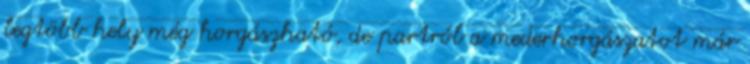
legtöbb hely még horgászható, de partról a mederhorgászatot már